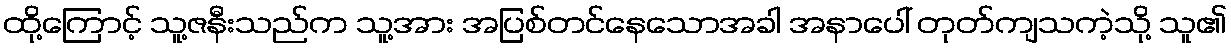
ထို့ကြောင့် သူ့ဇနီးသည်က သူ့အား အပြစ်တင်နေသောအခါ အနာပေါ် တုတ်ကျသကဲ့သို့ သူ၏